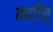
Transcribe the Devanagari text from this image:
करीत्